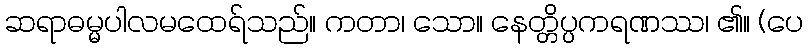
ဆရာဓမ္မပါလမထေရ်သည်။ ကတာ၊ သော။ နေတ္တိပ္ပကရဏဿ၊ ၏။ (ပေ